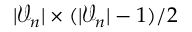
| \mathcal { V } _ { n } | \times ( | \mathcal { V } _ { n } | - 1 ) / 2